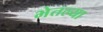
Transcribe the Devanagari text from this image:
भेतल्या